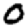
Digit: 0